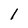
Character: 1